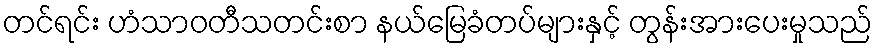
တင်ရင်း ဟံသာဝတီသတင်းစာ နယ်မြေခံတပ်များနှင့် တွန်းအားပေးမှုသည်